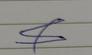
Signature authenticity: forged